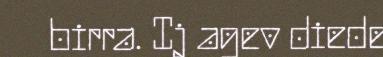
birra. Ij agev diede